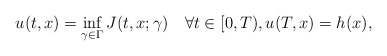
\begin{align*}u(t,x) = \inf_{\gamma\in\Gamma} J(t,x; \gamma) \quad\forall t\in[0, T),u(T,x) = h(x),\end{align*}